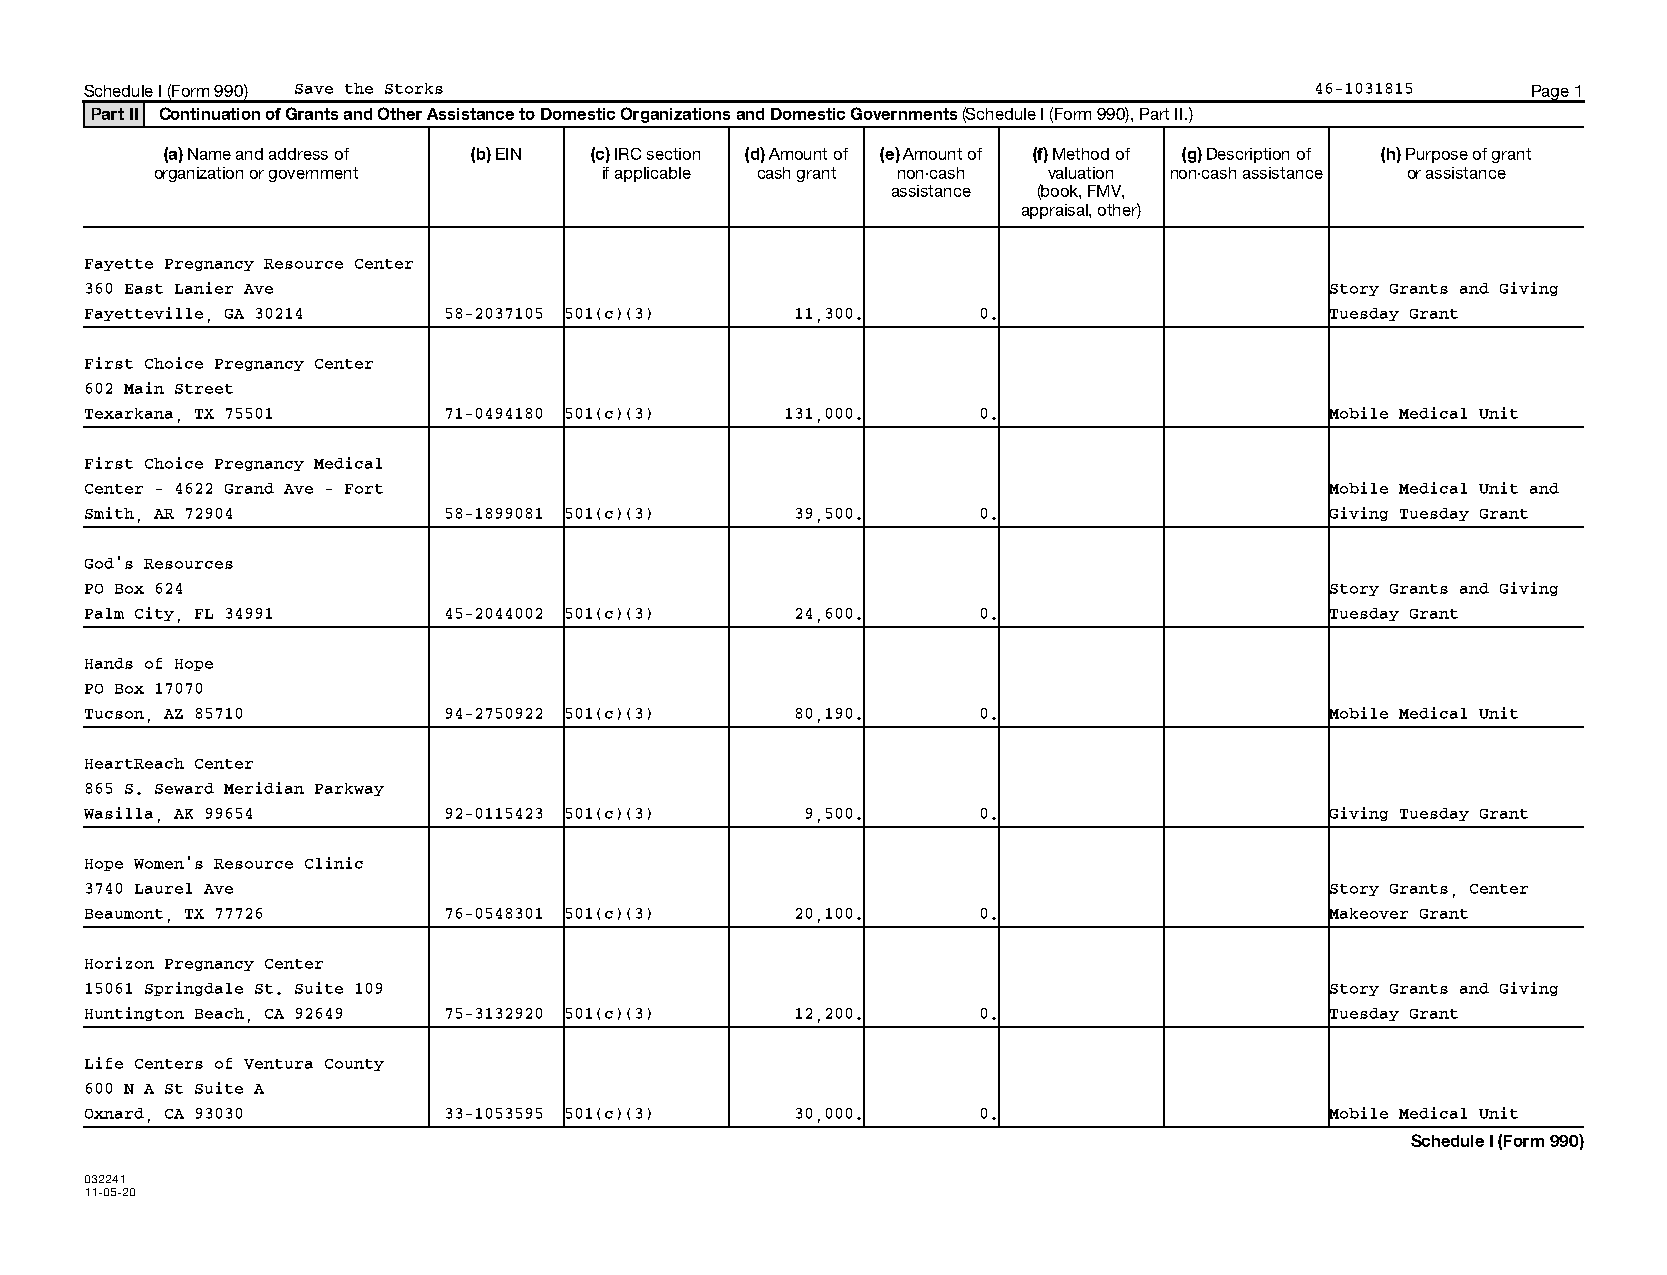
Schedule I (Form 990) Save the Storks                                            46-1031815    Page 1
 Part II Continuation of Grants and Other Assistance to Domestic Organizations and Domestic Governments (Schedule I (Form 990), Part II.)
 (a) Name and address of (b) EIN (c) IRC section (d) Amount of (e) Amount of (f) Method of (g) Description of (h) Purpose of grant
 organization or government    if applicable cash grant non-cash valuation non-cash assistance or assistance
 assistance (book, FMV,
 appraisal, other)
 Fayette Pregnancy Resource Center
 360 East Lanier Ave                                                               Story Grants and Giving
 Fayetteville, GA 30214 58-2037105 501(c)(3)    11,300.     0.                     Tuesday Grant
 First Choice Pregnancy Center
 602 Main Street
 Texarkana, TX 75501    71-0494180 501(c)(3)   131,000.     0.                     Mobile Medical Unit
 First Choice Pregnancy Medical
 Center - 4622 Grand Ave - Fort                                                    Mobile Medical Unit and
 Smith, AR 72904        58-1899081 501(c)(3)    39,500.     0.                     Giving Tuesday Grant
 God's Resources
 PO Box 624                                                                        Story Grants and Giving
 Palm City, FL 34991    45-2044002 501(c)(3)    24,600.     0.                     Tuesday Grant
 Hands of Hope
 PO Box 17070
 Tucson, AZ 85710       94-2750922 501(c)(3)    80,190.     0.                     Mobile Medical Unit
 HeartReach Center
 865 S. Seward Meridian Parkway
 Wasilla, AK 99654      92-0115423 501(c)(3)    9,500.      0.                     Giving Tuesday Grant
 Hope Women's Resource Clinic
 3740 Laurel Ave                                                                   Story Grants, Center
 Beaumont, TX 77726     76-0548301 501(c)(3)    20,100.     0.                     Makeover Grant
 Horizon Pregnancy Center
 15061 Springdale St. Suite 109                                                    Story Grants and Giving
 Huntington Beach, CA 92649 75-3132920 501(c)(3) 12,200.    0.                     Tuesday Grant
 Life Centers of Ventura County
 600 N A St Suite A
 Oxnard, CA 93030       33-1053595 501(c)(3)    30,000.     0.                     Mobile Medical Unit
 Schedule I (Form 990)
 032241
 11-05-20